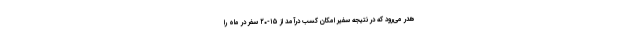
هدر می‌رود که در نتیجه سفیر امکان کسب درآمد از ۱۵-۲۰ سفر در ماه را